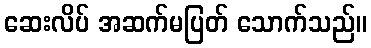
ဆေးလိပ် အဆက်မပြတ် သောက်သည်။